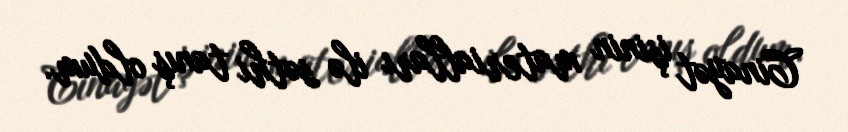
Cinayət işinin materialları ilə səthi tanış oldum.